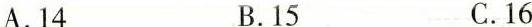
A.14 B.15 C.16